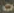
0